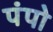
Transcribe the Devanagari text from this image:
पंपो